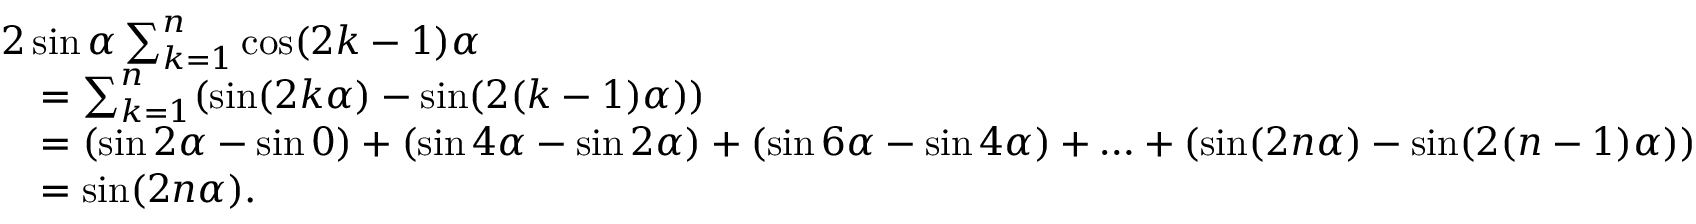
{ \begin{array} { r l } & { 2 \sin \alpha \sum _ { k = 1 } ^ { n } \cos ( 2 k - 1 ) \alpha } \\ & { \quad = \sum _ { k = 1 } ^ { n } ( \sin ( 2 k \alpha ) - \sin ( 2 ( k - 1 ) \alpha ) ) } \\ & { \quad = ( \sin 2 \alpha - \sin 0 ) + ( \sin 4 \alpha - \sin 2 \alpha ) + ( \sin 6 \alpha - \sin 4 \alpha ) + \ldots + ( \sin ( 2 n \alpha ) - \sin ( 2 ( n - 1 ) \alpha ) ) } \\ & { \quad = \sin ( 2 n \alpha ) . } \end{array} }